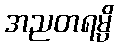
အညတရမ္ပိ